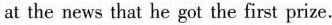
at the news that he got the first prize.